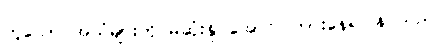
ဟူသော အသံများကို မဆုံးနိုင်အောင် ကြားနေရပြန် သည်။